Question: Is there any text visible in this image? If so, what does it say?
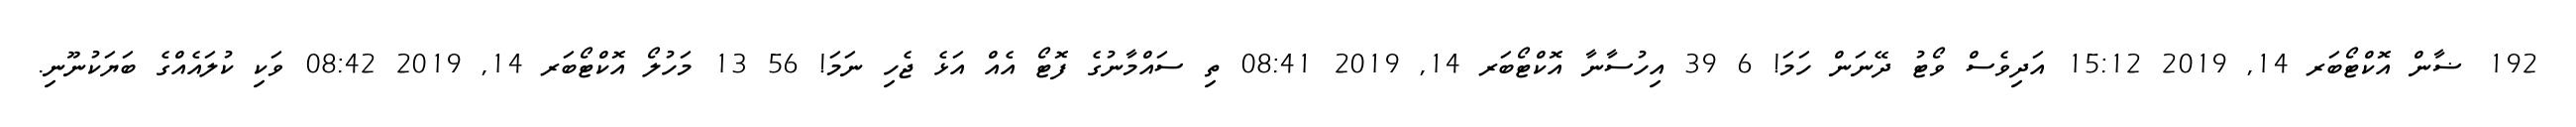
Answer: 192 ޟާން އޮކްޓޯބަރ 14, 2019 15:12 އަދިވެސް ވޯޓު ދޭނަން ހަމަ! 6 39 އިހުސާނާ އޮކްޓޯބަރ 14, 2019 08:41 ތި ސައްމާނުގެ ފޮޓޯ އެއް އަޅެ ޖެހި ނަމަ! 56 13 މަހުލޯ އޮކްޓޯބަރ 14, 2019 08:42 ވަކި ކުލައެއްގެ ބަޔަކުނޫނި.